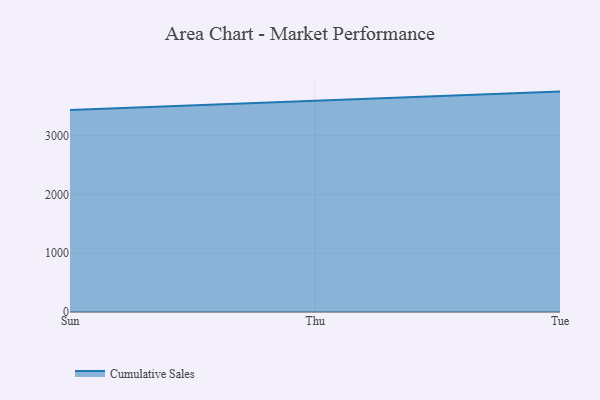
{"axis": {"x": "Day", "y": "Temperature (°C)"}, "legend": ["Cumulative Sales"], "data": [{"x": "Sun", "y": 3441.7, "type": "Cumulative Sales"}, {"x": "Thu", "y": 3594.3, "type": "Cumulative Sales"}, {"x": "Tue", "y": 3752.9, "type": "Cumulative Sales"}]}